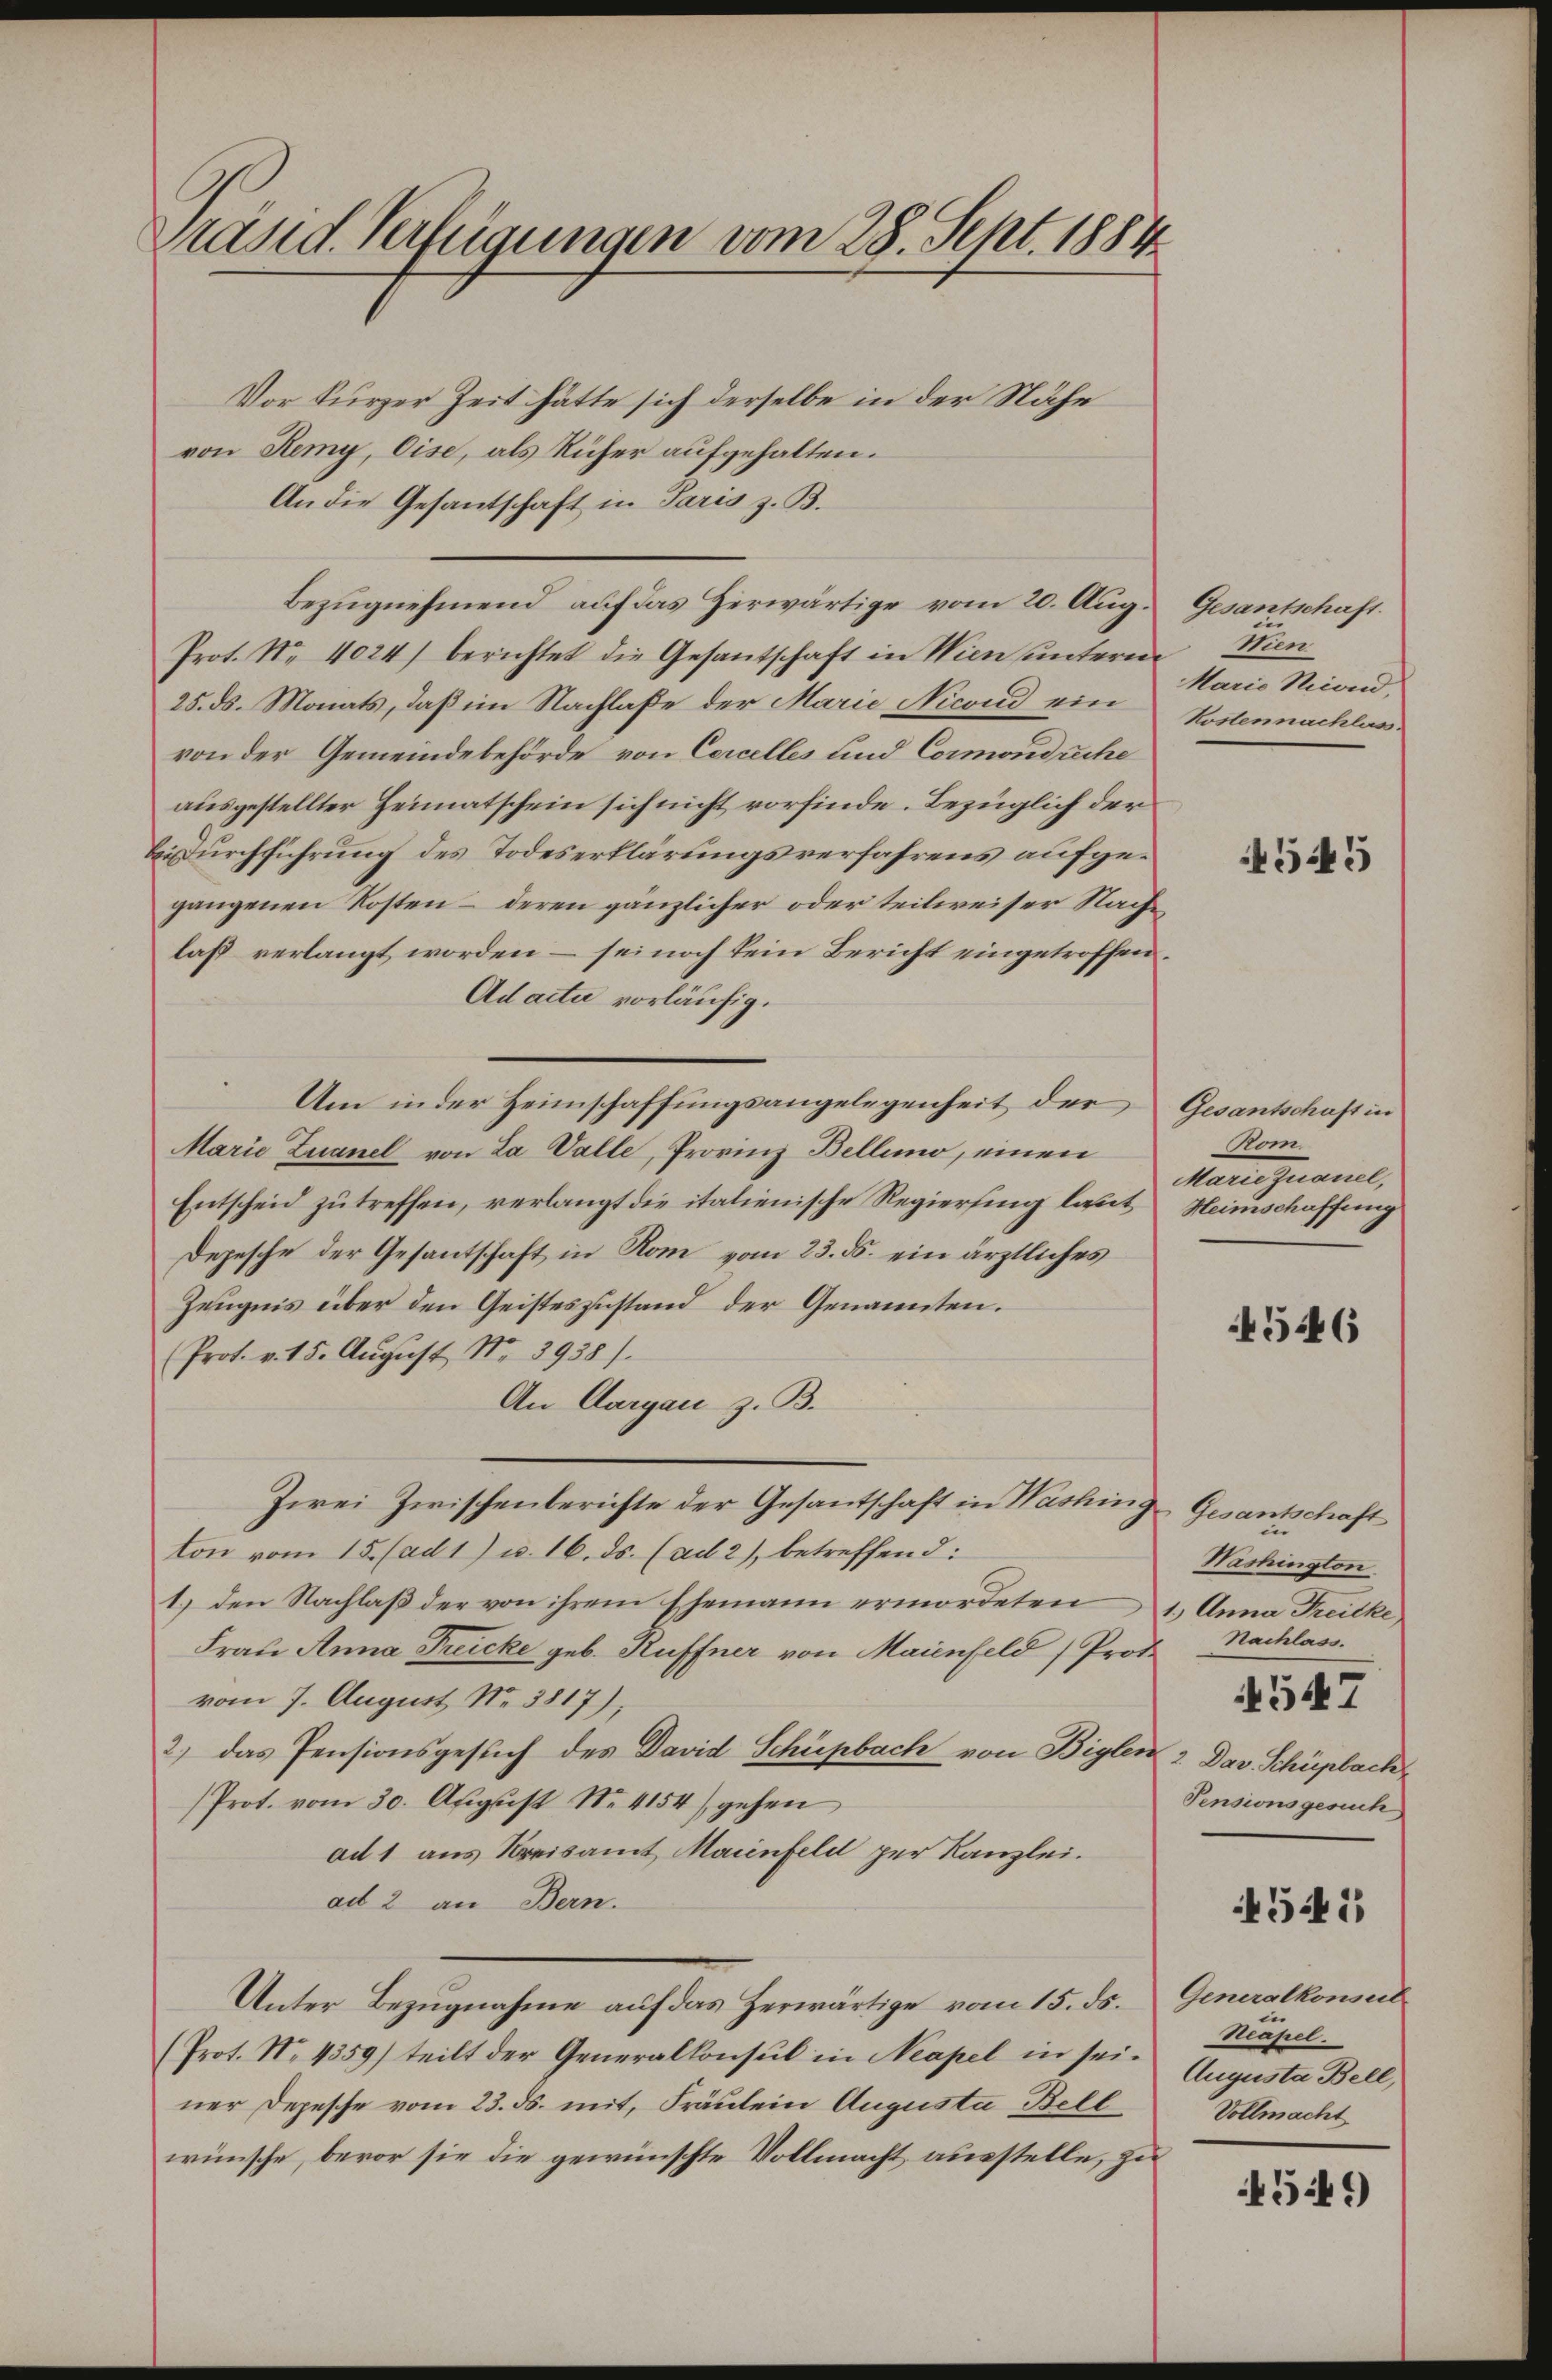
Präsid. Verfügungen vom 28. Sept. 1884

Vor kurzer Zeit hätte sich derselbe in der Nähe
von Remy, Cise, als Rüher aufgehalten.
An die Gesantschaft in Paris z. B.
Bezŭgnehmend auf das Herwärtige vom 20. Aug. Gesantschaft
Prot. Nr. 4024) berichtet die Gesantschaft in Wien unterm
25. ds. Monats, daß im Nachlaße der Marie Nicond ein
von der Gemeindebehörde von Corcelles und Cormonduche
ausgestellter Heimatschein sich nicht vorfinde. Bezüglich der
Bidurchführung des Todeserklärungsverfahrens aufgegangenen Kosten – deren gänzlicher oder teilweiser Nachlaß verlangt worden – sei noch kein Bericht eingetroffen.
Ad acta vorläufig.
Um in der Heimschaffungsangelegenheit der
Marie Zuanel von La Valle, Provinz Bellino, einen
Entscheid zu treffen, verlangt die italienische Regierung laut Heimschaffung
Depesche der Gesantschaft in Rom vom 23. ds. ein ärztliches
Zeugnis über den Geisteszustand der Genannten.
(Prot. v. 15. Aŭgust Nr. 3938).
An Aargau z. B.
Zwei Zwischenberichte der Gesantschaft in Washing Gesantschaft
ton vom 15. (ad 1) u. 16. ds. (ad 2), betreffend:
1.) den Nachlaß der von ihrem Ehemann ermordeten
Frau Anna Treicke geb. Ruffner von Maienfeld (Prof. Nachlass.
vom 7. August No. 3817),
2) das Pensionsgesuch des David Schüpbach von Biglen 2. Das Schüplach
Prot. vom 30. August N. 4154) gehen
ad 1 aus Kreisamt Maienfeld per Kanzlei.
ad 2 an Bern.
Unter Bezugnahme auf das Herwärtige vom 15. ds.
(Prot. No. 4359) teilt der Generalkonsul in Neapel in sei-
ner Depesche vom 23. ds. mit, Fräulein Augusta Bell
wünsche, bevor sie die gewünschte Vollmacht ausstelle, zu

Hien
Marie Nicond,
Kostennachlas

4545

Gesantschaft in
Rom.
Maneguanal,

4546

i
Washington
1.) Anna Freitke
Pensionsgesuch
541)
Generalkonsul
Reapel.
Augusta Bell,
Vollmacht

547

4549)